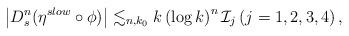
LaTeX: \begin{align*}\left| D_s^n (\eta^{slow} \circ \phi) \right|\lesssim_{n,k_0} k \left( \log k \right)^n\mathcal{I}_j\left( j=1,2,3,4 \right),\end{align*}